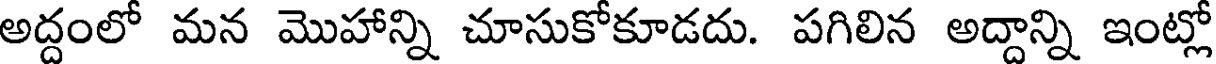
అద్దంలో మన మొహాన్ని చూసుకోకూడదు. పగిలిన అద్దాన్ని ఇంట్లో